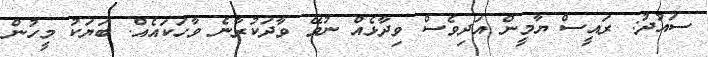
ސައުދު: ރައީސް ޔާމީން އަދިވެސް ވިދާޅެއް ނުވޭ ވާދަކުރާނެ ވާހަކައެއް. ބަޔަކު މީހުން